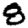
Digit: 8